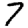
Digit: 7